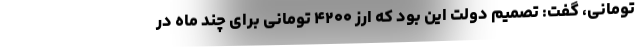
تومانی، گفت: تصمیم دولت این بود که ارز ۴۲۰۰ تومانی برای چند ماه در